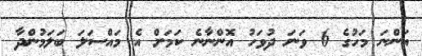
އަންނަ މަހުގެ 6 ވަނަ ދުވަހު އޮންނާނެ ކަމަށް އެ މައްސަލަ ބަލަމުންދާ